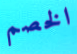
الخصم